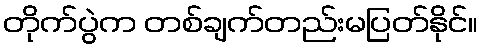
တိုက်ပွဲက တစ်ချက်တည်းမပြတ်နိုင်။